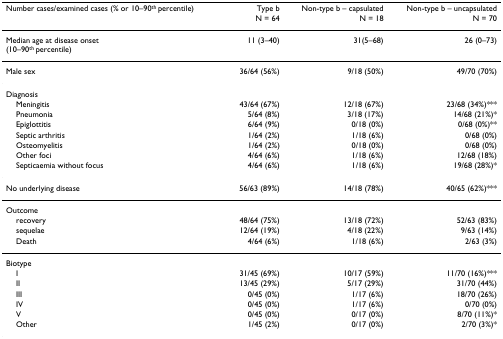
<table><thead><tr><td><b>Number cases/examined cases (% or 10–90<sup>th </sup>percentile)</b></td><td><b>Type bN = 64</b></td><td><b>Non-type b – capsulatedN = 18</b></td><td><b>Non-type b – uncapsulatedN = 70</b></td></tr></thead><tbody><tr><td>Median age at disease onset(10–90<sup>th </sup>percentile)</td><td>11 (3–40)</td><td>31(5–68)</td><td>26 (0–73)</td></tr><tr><td>Male sex</td><td>36/64 (56%)</td><td>9/18 (50%)</td><td>49/70 (70%)</td></tr><tr><td>Diagnosis</td><td></td><td></td><td></td></tr><tr><td> Meningitis</td><td>43/64 (67%)</td><td>12/18 (67%)</td><td>23/68 (34%)***</td></tr><tr><td> Pneumonia</td><td>5/64 (8%)</td><td>3/18 (17%)</td><td>14/68 (21%)*</td></tr><tr><td> Epiglottitis</td><td>6/64 (9%)</td><td>0/18 (0%)</td><td>0/68 (0%)**</td></tr><tr><td> Septic arthritis</td><td>1/64 (2%)</td><td>1/18 (6%)</td><td>0/68 (0%)</td></tr><tr><td> Osteomyelitis</td><td>1/64 (2%)</td><td>0/18 (0%)</td><td>0/68 (0%)</td></tr><tr><td> Other foci</td><td>4/64 (6%)</td><td>1/18 (6%)</td><td>12/68 (18%)</td></tr><tr><td> Septicaemia without focus</td><td>4/64 (6%)</td><td>1/18 (6%)</td><td>19/68 (28%)*</td></tr><tr><td>No underlying disease</td><td>56/63 (89%)</td><td>14/18 (78%)</td><td>40/65 (62%)***</td></tr><tr><td>Outcome</td><td></td><td></td><td></td></tr><tr><td> recovery</td><td>48/64 (75%)</td><td>13/18 (72%)</td><td>52/63 (83%)</td></tr><tr><td> sequelae</td><td>12/64 (19%)</td><td>4/18 (22%)</td><td>9/63 (14%)</td></tr><tr><td> Death</td><td>4/64 (6%)</td><td>1/18 (6%)</td><td>2/63 (3%)</td></tr><tr><td>Biotype</td><td></td><td></td><td></td></tr><tr><td> I</td><td>31/45 (69%)</td><td>10/17 (59%)</td><td>11/70 (16%)***</td></tr><tr><td> II</td><td>13/45 (29%)</td><td>5/17 (29%)</td><td>31/70 (44%)</td></tr><tr><td> III</td><td>0/45 (0%)</td><td>1/17 (6%)</td><td>18/70 (26%)</td></tr><tr><td> IV</td><td>0/45 (0%)</td><td>1/17 (6%)</td><td>0/70 (0%)</td></tr><tr><td> V</td><td>0/45 (0%)</td><td>0/17 (0%)</td><td>8/70 (11%)*</td></tr><tr><td> Other</td><td>1/45 (2%)</td><td>0/17 (0%)</td><td>2/70 (3%)*</td></tr></tbody></table>